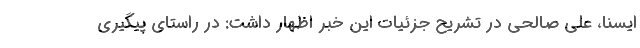
ایسنا، علی صالحی در تشریح جزئیات این خبر اظهار داشت: در راستای پیگیری